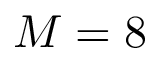
M = 8